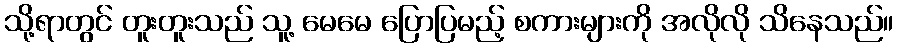
သို့ရာတွင် တူးတူးသည် သူ့ မေမေ ပြောပြမည့် စကားများကို အလိုလို သိနေသည်။